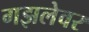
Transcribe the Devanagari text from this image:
गझलेवर